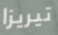
تيريزا